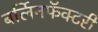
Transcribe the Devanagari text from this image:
बर्लिनफॅक्टरी